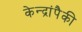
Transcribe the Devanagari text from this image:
केन्द्रांपैकी